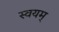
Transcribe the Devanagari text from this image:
स्वयम्‌